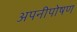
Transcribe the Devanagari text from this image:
अपनीपोषण